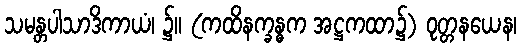
သမန္တပါသာဒိကာယံ၊ ၌။ (ကထိနက္ခန္ဓက အဋ္ဌကထာ၌) ဝုတ္တနယေန၊